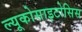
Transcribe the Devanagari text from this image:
ल्यूकोसाइटोसिस